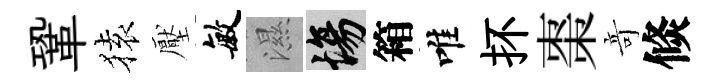
鞏𫞤壓敏濕場箱唯抔棗竒倐